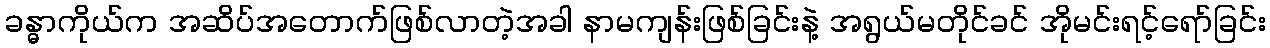
ခန္ဓာကိုယ်က အဆိပ်အတောက်ဖြစ်လာတဲ့အခါ နာမကျန်းဖြစ်ခြင်းနဲ့ အရွယ်မတိုင်ခင် အိုမင်းရင့်ရော်ခြင်း